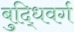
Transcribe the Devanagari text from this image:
बुद्धिवर्ग